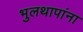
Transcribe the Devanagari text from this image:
भुलथापांना